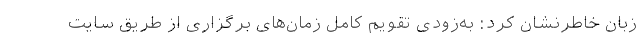
زبان خاطرنشان کرد: به‌زودی تقویم کامل زمان‌های برگزاری از طریق سایت